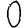
Digit: 0